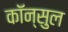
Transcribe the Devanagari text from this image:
कॉन्सुल